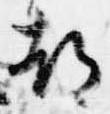
都